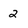
Character: 2